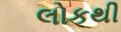
લોકથી